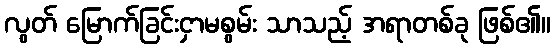
လွတ် မြောက်ခြင်းငှာမစွမ်း သာသည့် အရာတစ်ခု ဖြစ်၏။